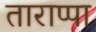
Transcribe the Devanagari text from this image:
ताराप्पा